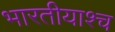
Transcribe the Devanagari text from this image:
भारतीयाश्च